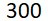
300